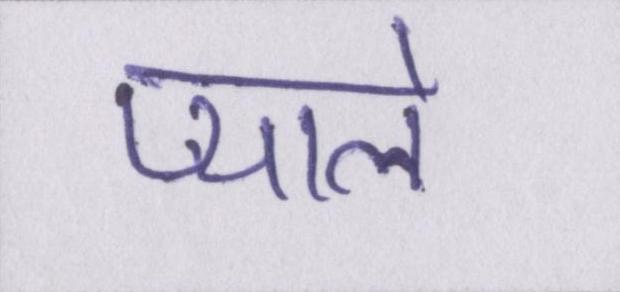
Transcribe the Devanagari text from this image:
प्याले